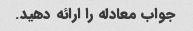
جواب معادله را ارائه دهید.